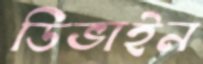
ডিভাইন